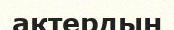
актердың